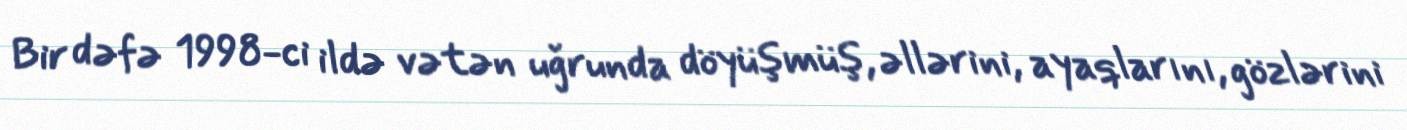
Bir dəfə 1998-ci ildə vətən uğrunda döyüşmüş, əllərini, ayaqlarını, gözlərini